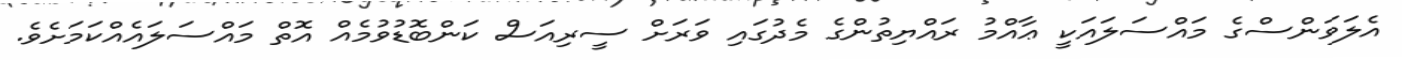
އެލަވަންސްގެ މައްސަލައަކީ ޢާއްމު ރައްޔިތުންގެ މެދުގައި ވަރަށް ސީރިއަސް ކަންބޮޑުވުމެއް އޮތް މައްސަލައެއްކަމަށެވެ.